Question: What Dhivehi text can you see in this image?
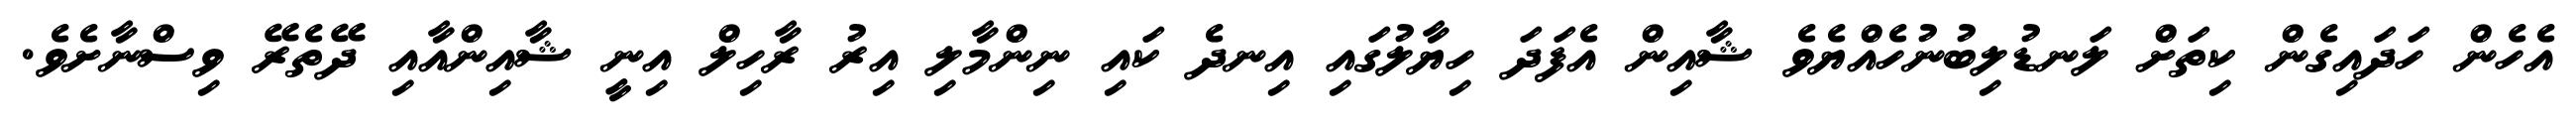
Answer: އެހެން ހަދައިގެން ކިތަށް ލަނޑުލިބުނުހެއްޔެވެ ޝާއިން އެފަދަ ހިޔާލުގައި އިނދެ ކައި ނިންމާލި އިރު ރާހިލް އިނީ ޝާއިންއާއި ދޭތެރޭ ވިސްނާށެވެ.